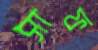
সাফ